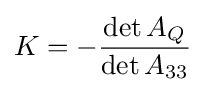
K=-{\frac {\det A_{Q}}{\det A_{33}}}